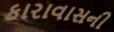
કારાવાસની